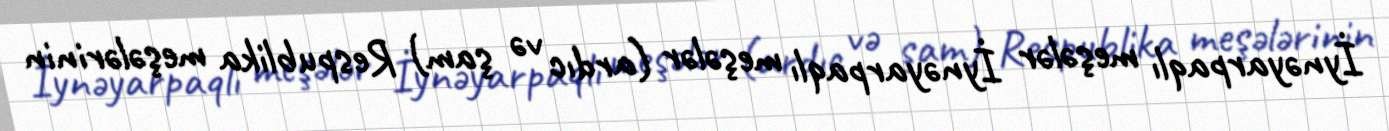
İynəyarpaqlı meşələr İynəyarpaqlı meşələr (ardıc və şam) Respublika meşələrinin